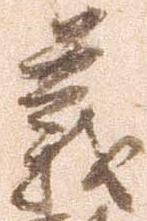
義